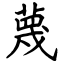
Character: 蔑